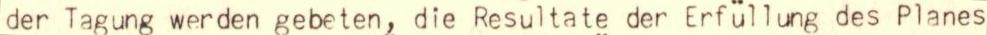
der Tagung werden gebeten, die Resultate der Erfüllung des Planes